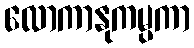
လောကာနုကမ္ပကာ